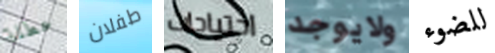
عطلة طفلان احتياجات ولايوجد للضوء